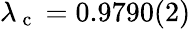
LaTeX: \lambda_{\mathrm{~c~}}=0.9790(2)